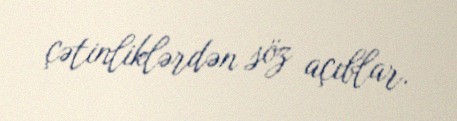
çətinliklərdən söz açıblar.